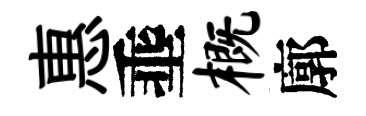
惠埀概廓